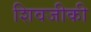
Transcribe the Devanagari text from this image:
शिवजीकी